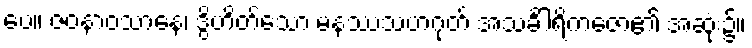
ပေ။ ဇဝနာဝသာနေ၊ ဒွိဟိတ်သော မနဿသဟဂုတ် အသင်္ခါရိကဇော၏ အဆုံး၌။